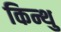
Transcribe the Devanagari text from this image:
किन्थु